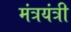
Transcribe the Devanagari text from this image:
मंत्रयंत्री